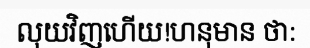
លុយវិញហើយ!ហនុមាន ថា: